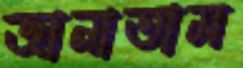
জানাতাম